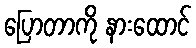
ပြောတာကို နားထောင်